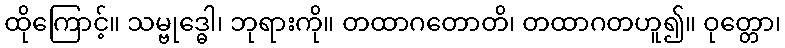
ထိုကြောင့်။ သမ္ဗုဒ္ဓေါ၊ ဘုရားကို။ တထာဂတောတိ၊ တထာဂတဟူ၍။ ဝုတ္တော၊